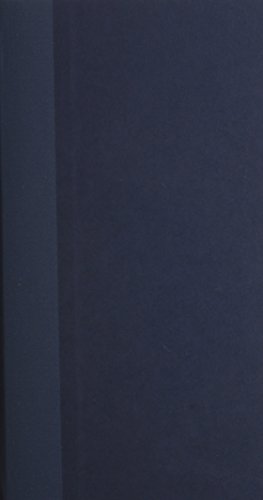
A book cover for Blues Traveling: The Holy Sites of Delta Blues; Steve Cheseborough; Travel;